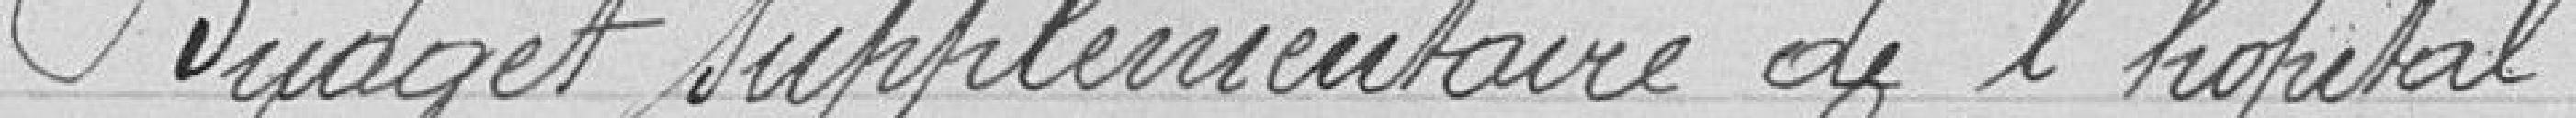
Budget supplémentaire de l'hôpital